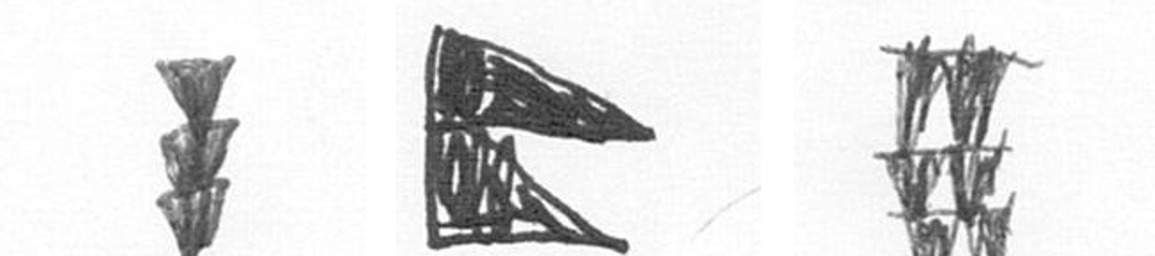
E P Y